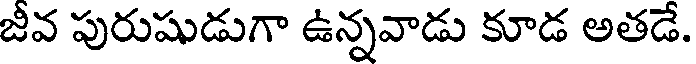
జీవ పురుషుడుగా ఉన్నవాడు కూడ అతడే.